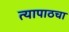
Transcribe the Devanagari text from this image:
त्यापाठचा